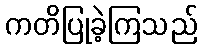
ကတိပြုခဲ့ကြသည်